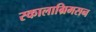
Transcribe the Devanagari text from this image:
स्कालाग्रिमसन